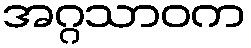
အဂ္ဂသာဝက